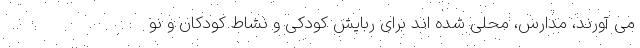
می آورند، مدارس، محلی شده اند برای ربایش کودکی و نشاط کودکان و نو